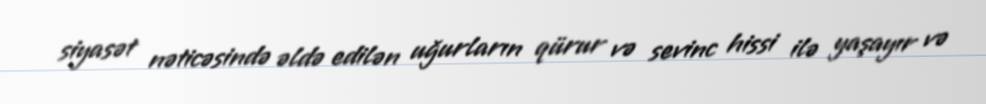
siyasət nəticəsində əldə edilən uğurların qürur və sevinc hissi ilə yaşayır və